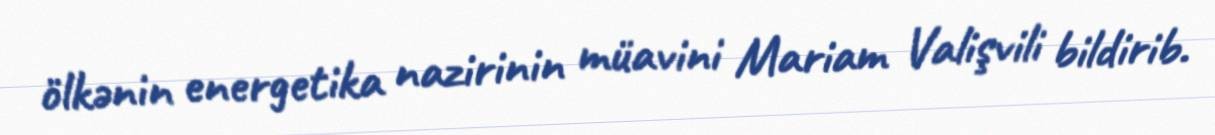
ölkənin energetika nazirinin müavini Mariam Valişvili bildirib.